Vaccination in Bombay 1869-1873 - 1869-1873
Year: 1869
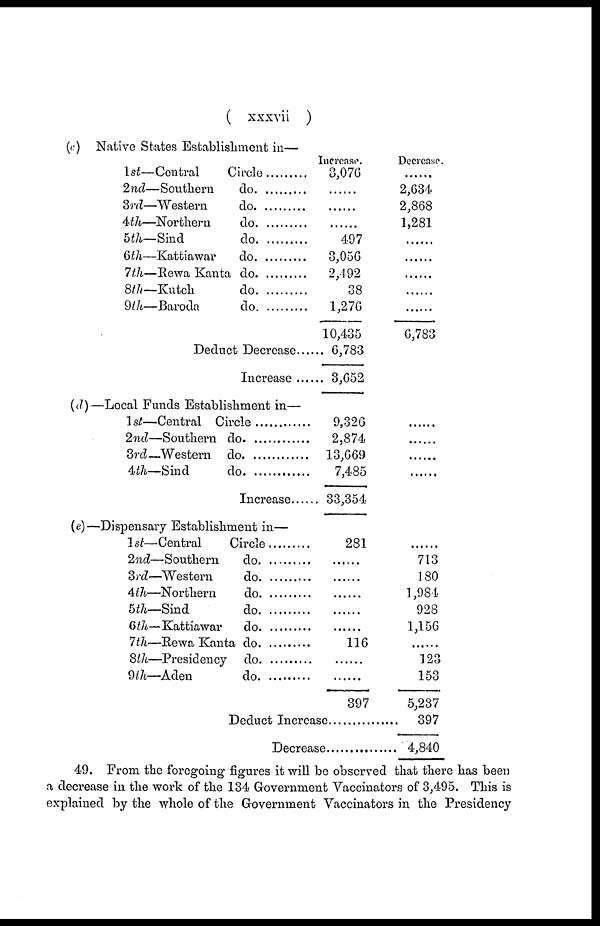
( xxxvii )
(c) Native States Establishment in—
1st—Central
Circle
2nd—Southern do. ...........
3rd—Western do. ............
4th—Northern do. ............
5th—Sind do. ...........
6th—Kattiawar do. ..........
7th—Rewa Kanta do. ........
8th—Kutch
do. ...........
9th—Baroda do. ..........
Deduct Decrease......
Increase ......
Increase.
3,076
......
......
......
497
3,056
2,492
38
1,276
10,435
6,783
3,652
Decrease.
......
2,634
2,868
1,281
......
......
......
......
......
6,783
(d)—Local Funds Establishment in—
1st—Central Circle
2nd—Southern do. ...........
3rd—Western do. ............
4th—Northern do. ............
Increase......
9,326
2,874
13,669
7,485
33,354
......
......
......
......
(e)—Dispensary Establishment in—
1st—Central Circle
2nd—Southern do. ...........
3rd—Western do. ............
4th—Northern do. ............
5th—Sind do. ...........
6th—Kattiawar do. ..........
7th—Rewa Kanta do. ........
8th—Presidency do. ...........
9th—Aden do. ..........
281
......
......
......
......
......
116
......
......
397
Deduct Increase.................
Decrease..................
......
713
180
1,984
928
1,156
......
123
153
5,237
397
4,840
49. From the foregoing figures it will be observed that there has been
a decrease in the work of the 134 Government Vaccinators of 3,495. This is
explained by the whole of the Government Vaccinators in the Presidency